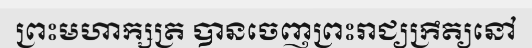
ព្រះមហាក្សត្រ បានចេញព្រះរាជ្យក្រឹត្យនៅ